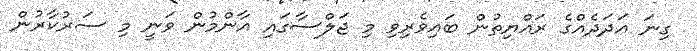
ގިނަ އަދަދެއްގެ ރައްޔިތުން ބައިވެރިވި މި ޖަލްސާގައި އާންމުން ވަނީ މި ސަރުކާރުން